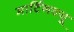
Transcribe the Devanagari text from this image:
मार्टिनक्यू